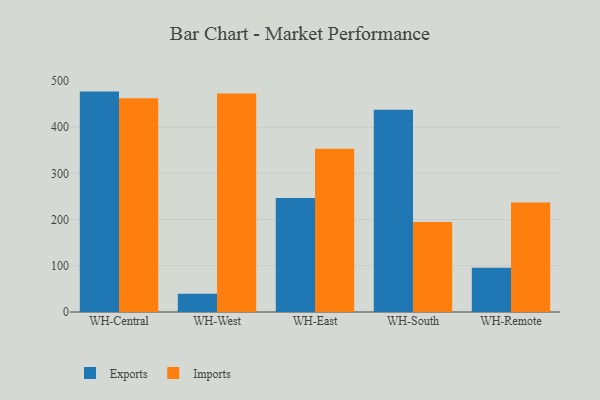
{"axis": {"x": "Warehouse", "y": "Market Share (%)"}, "legend": ["Exports", "Imports"], "data": [{"x": "WH-Central", "y": 476.9, "type": "Exports"}, {"x": "WH-Central", "y": 462.5, "type": "Imports"}, {"x": "WH-West", "y": 39.3, "type": "Exports"}, {"x": "WH-West", "y": 472.6, "type": "Imports"}, {"x": "WH-East", "y": 246.5, "type": "Exports"}, {"x": "WH-East", "y": 353.4, "type": "Imports"}, {"x": "WH-South", "y": 437.5, "type": "Exports"}, {"x": "WH-South", "y": 195.0, "type": "Imports"}, {"x": "WH-Remote", "y": 95.8, "type": "Exports"}, {"x": "WH-Remote", "y": 236.8, "type": "Imports"}]}